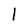
Character: 1